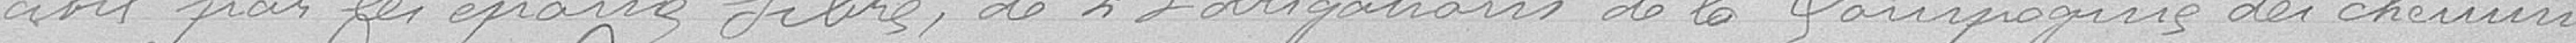
civil